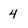
Character: 4